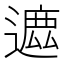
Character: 𨖥